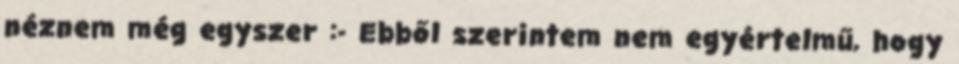
néznem még egyszer :- Ebből szerintem nem egyértelmű, hogy